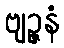
ဗျဉ္ဇနံ